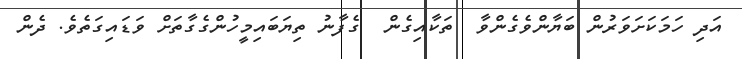
އަދި ހަމަކަށަވަރުން ބަޔާންވެގެންވާ  ތަކާއިގެން  ގެފާނު ތިޔަބައިމީހުންގެގާތަށް ވަޑައިގަތެވެ. ދެން